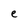
Character: e